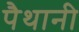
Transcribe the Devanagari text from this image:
पैथानी